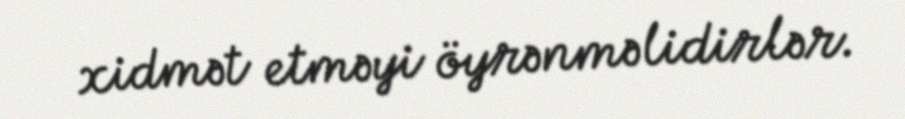
xidmət etməyi öyrənməlidirlər.